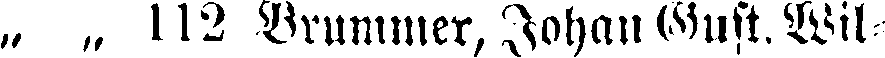
„ „ 112 Brummer, Johan Gust. Wil-